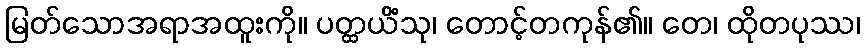
မြတ်သောအရာအထူးကို။ ပတ္ထယိံသု၊ တောင့်တကုန်၏။ တေ၊ ထိုတပုဿ၊